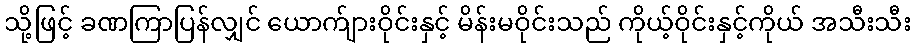
သို့ဖြင့် ခဏကြာပြန်လျှင် ယောက်ျားဝိုင်းနှင့် မိန်းမဝိုင်းသည် ကိုယ့်ဝိုင်းနှင့်ကိုယ် အသီးသီး